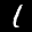
Label: 1